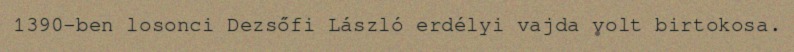
1390-ben losonci Dezsőfi László erdélyi vajda volt birtokosa.